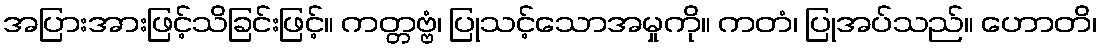
အပြားအားဖြင့်သိခြင်းဖြင့်။ ကတ္တဗ္ဗံ၊ ပြုသင့်သောအမှုကို။ ကတံ၊ ပြုအပ်သည်။ ဟောတိ၊